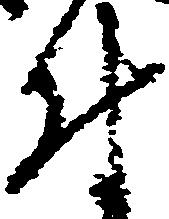
付